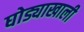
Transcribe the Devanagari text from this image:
घोड्याखाली